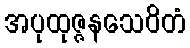
အပုထုဇ္ဇနသေဝိတံ